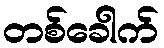
တစ်ခေါက်